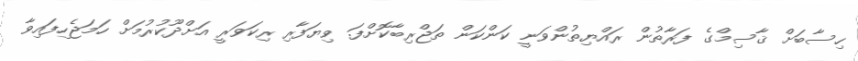
ހިސާބަށް ޤާސިމްގެ ފަރާތުން ރައްޔިތުންވަނީ ކަންކަން ތަޖްރިބާކޮށްފަ. ވިޔަފާރި ރިކަވަރީ އަށްދޫކުރުމަށް ހަމަޖެހިފައިވާ